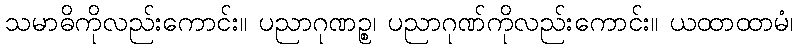
သမာဓိကိုလည်းကောင်း။ ပညာဂုဏဉ္စ၊ ပညာဂုဏ်ကိုလည်းကောင်း။ ယထာထာမံ၊